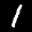
Label: 1